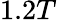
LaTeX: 1.2T